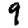
Digit: 9